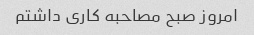
امروز صبح مصاحبه کاری داشتم